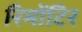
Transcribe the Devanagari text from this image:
रिमोंटिर